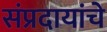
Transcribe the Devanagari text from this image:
संप्रदायांचे